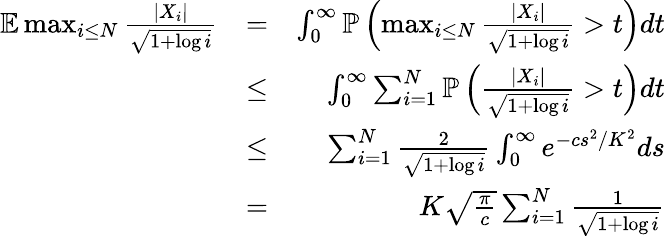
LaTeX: \begin{array}{rlr}{\mathbb{E}\operatorname*{max}_{i\leq N}\frac{|X_{i}|}{\sqrt{1+\log i}}}&{=}&{\int_{0}^{\infty}\mathbb{P}\left(\operatorname*{max}_{i\leq N}\frac{|X_{i}|}{\sqrt{1+\log i}}>t\right)dt}\\ &{\leq}&{\int_{0}^{\infty}\sum_{i=1}^{N}\mathbb{P}\left(\frac{|X_{i}|}{\sqrt{1+\log i}}>t\right)dt}\\ &{\leq}&{\sum_{i=1}^{N}\frac{2}{\sqrt{1+\log i}}\int_{0}^{\infty}e^{-cs^{2}/K^{2}}ds}\\ &{=}&{K\sqrt{\frac{\pi}{c}}\sum_{i=1}^{N}\frac{1}{\sqrt{1+\log i}}}\end{array}